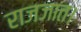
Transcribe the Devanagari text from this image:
राजजात।